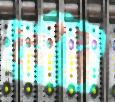
কাঁট